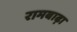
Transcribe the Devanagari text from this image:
रामबाढ़ा